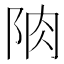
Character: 𨹌